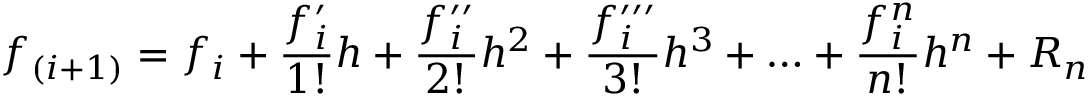
f _ { ( i + 1 ) } = f _ { i } + \frac { f _ { i } ^ { \prime } } { 1 ! } h + \frac { f _ { i } ^ { \prime \prime } } { 2 ! } h ^ { 2 } + \frac { f _ { i } ^ { \prime \prime \prime } } { 3 ! } h ^ { 3 } + \ldots + \frac { f _ { i } ^ { n } } { n ! } h ^ { n } + R _ { n }